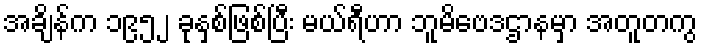
အချိန်က ၁၉၅၂ ခုနှစ်ဖြစ်ပြီး မယ်ရီဟာ ဘူမိဗေဒဌာနမှာ အတူတကွ